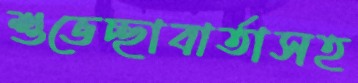
শুভেচ্ছাবার্তাসহ